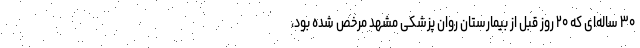
۳۰ ساله‌ای که ۲۰ روز قبل از بیمارستان روان پزشکی مشهد مرخص شده بود،